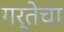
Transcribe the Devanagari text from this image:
गर्तेचा